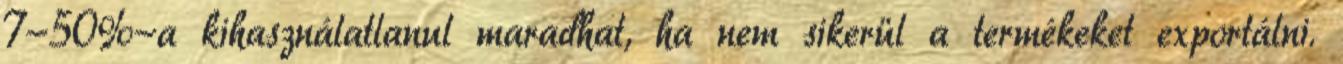
7-50%-a kihasználatlanul maradhat, ha nem sikerül a termékeket exportálni.